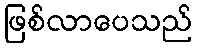
ဖြစ်လာပေသည်